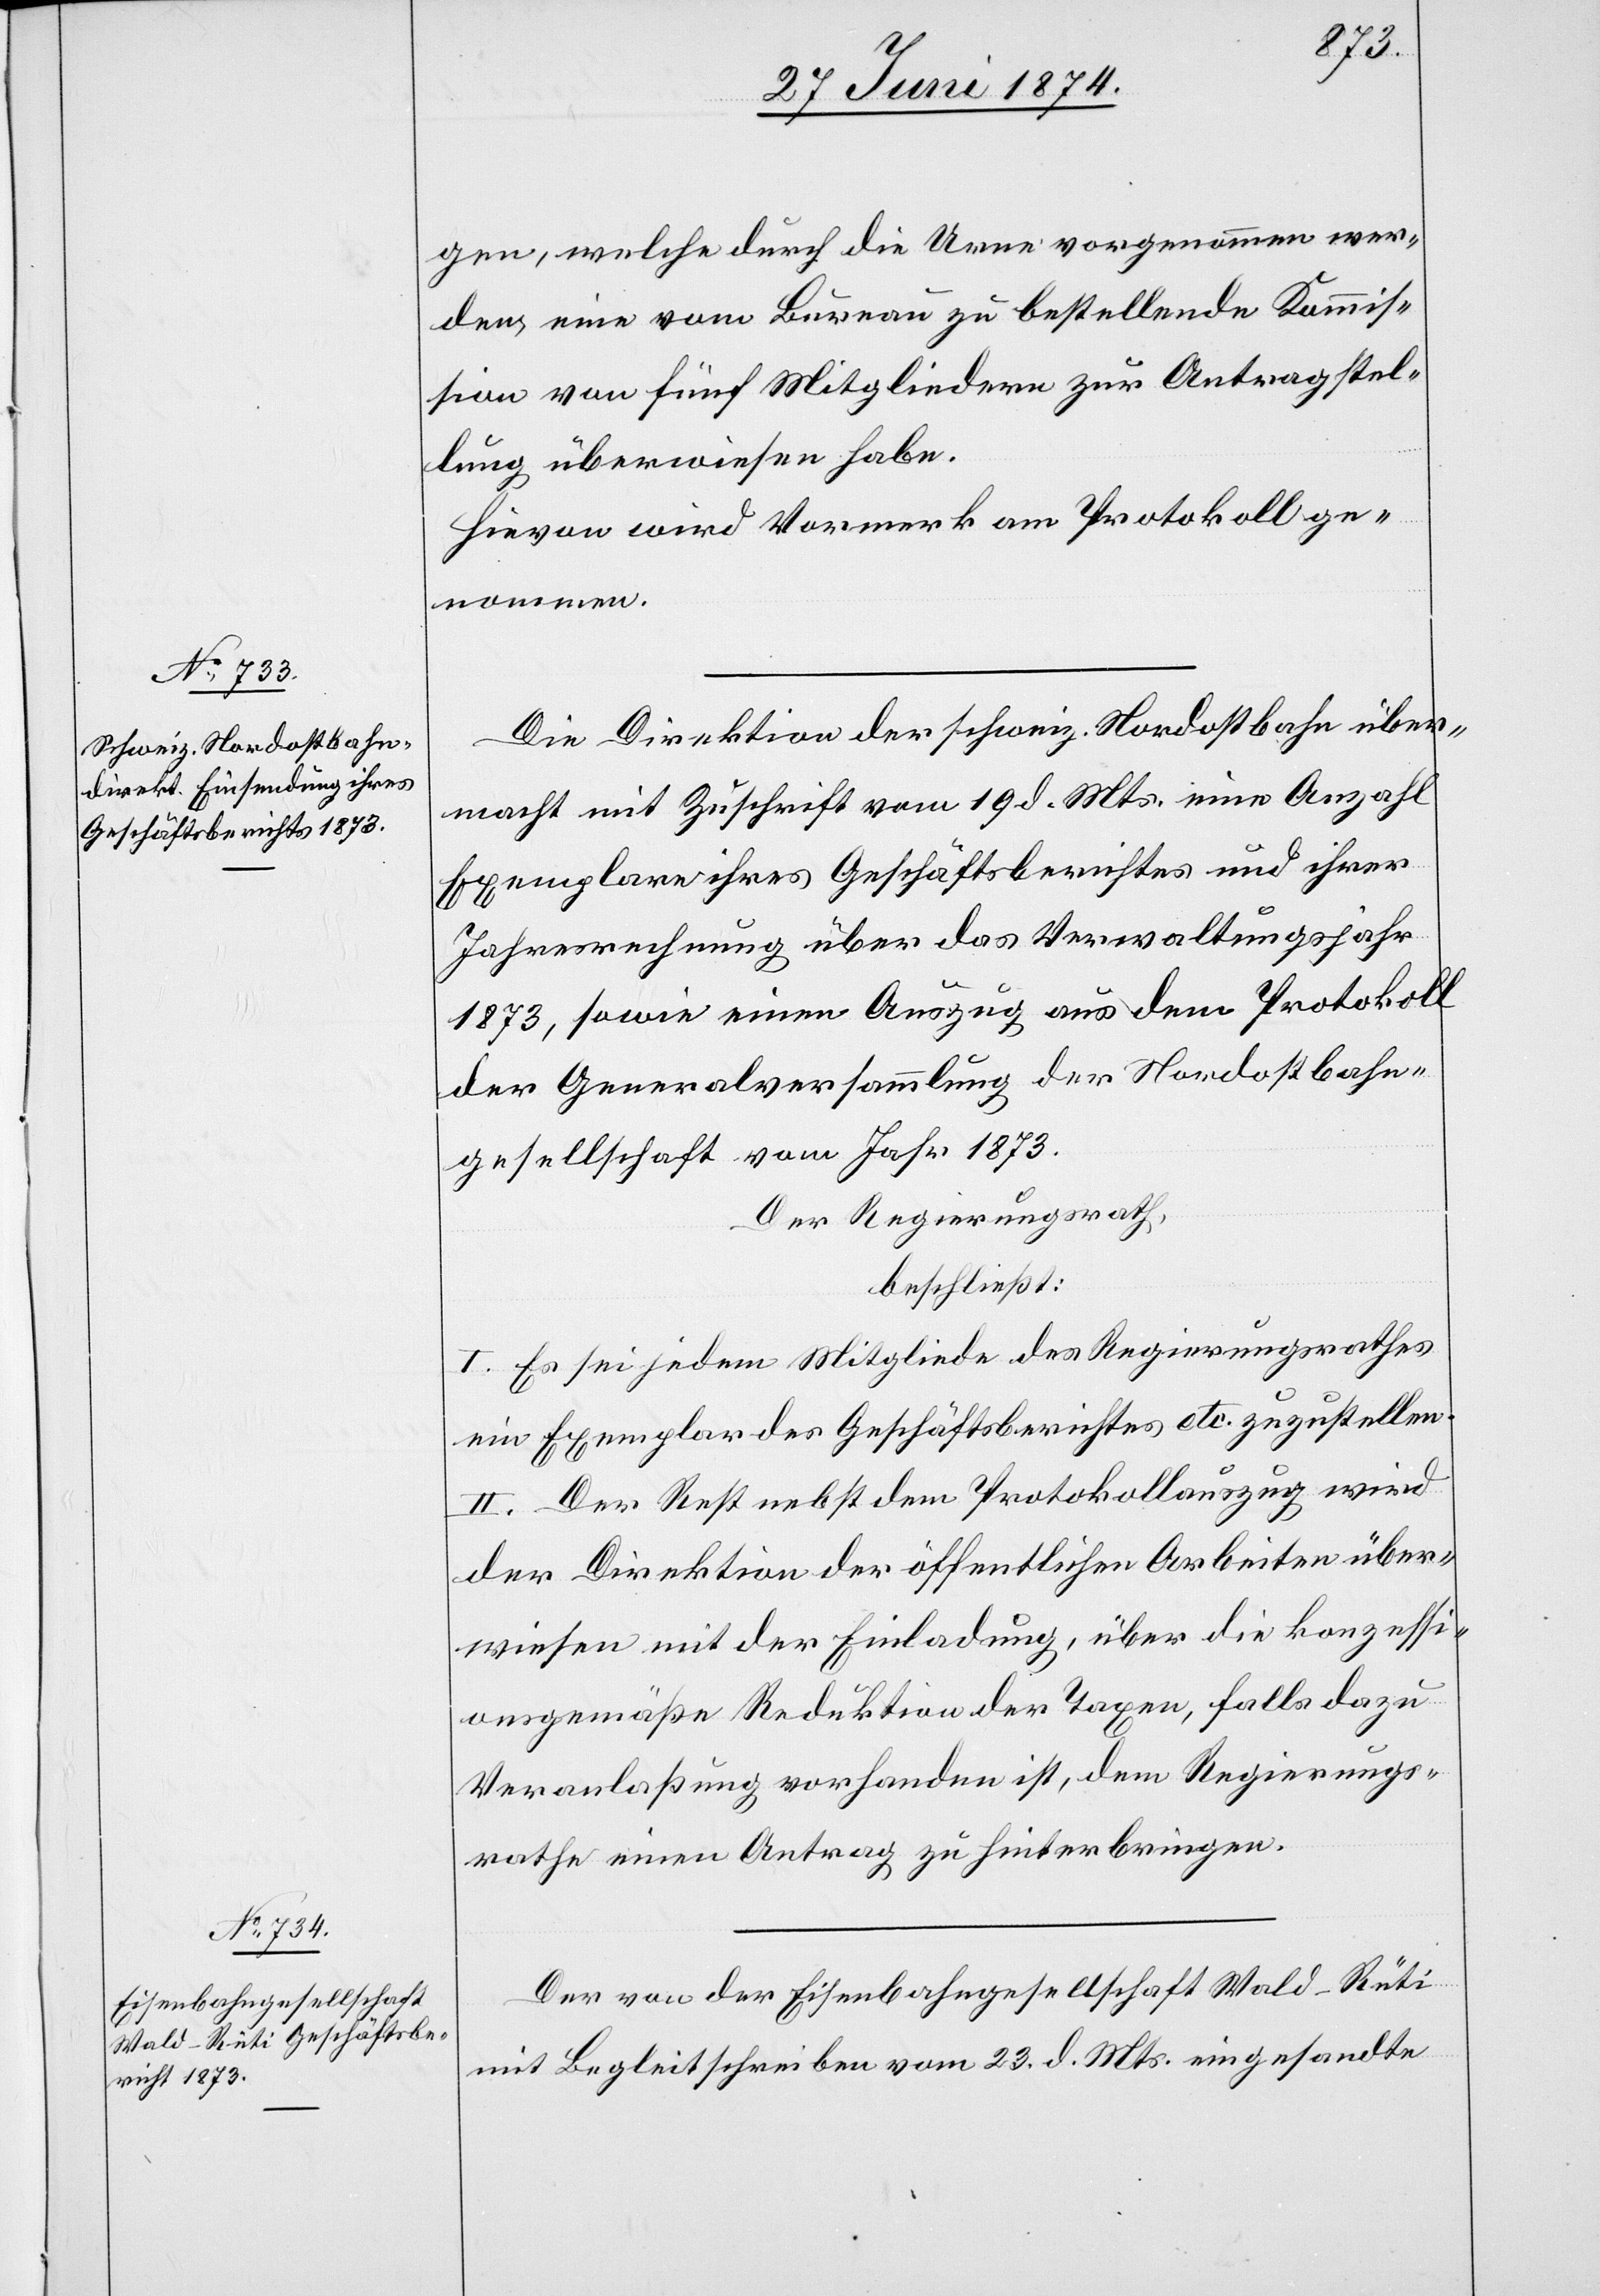
gen, welche durch die Urne vorgenommen wer¬
den, einer vom Bureau zu bestellende Kommis¬
sion von fünf Mitgliedern zur Antragstel¬
lung überwiesen habe.
Hievon wird Vormerk am Protokoll ge¬
nommen.
Die Direktion der schweiz. Nordostbahn über¬
macht mit Zuschrift vom 19. d. Mts. eine Anzahl
Exemplare ihres Geschäftsberichtes und ihrer
Jahresrechnung über das Verwaltungsjahr
1873, sowie einen Auszug aus dem Protokoll
der Generalversammlung der Nordostbahn¬
gesellschaft vom Jahr 1873.
Der Regierungsrath,
beschließt:
I. Es sei jedem Mitgliede des Regierungsrathes
ein Exemplar des Geschäftsberichts etc. zuzustellen.
II. Der Rest nebst dem Protokollauszug wird
der Direktion der öffentlichen Arbeiten über¬
wiesen mit der Einladung, über die konzessi¬
onsgemäße Reduktion der Taxen, falls dazu
Veranlaßung vorhanden ist, dem Regierungs¬
rathe einen Antrag zu hinterbringen.
Der von der Eisenbahngesellschaft Wald-Rüti
mit Begleitschreiben vom 23. d. Mts. eingesandte